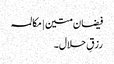
فیضان متین | مکالمہ
رزقِ حلال۔